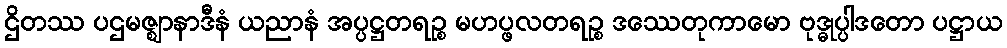
ဌိတဿ ပဌမဇ္ဈာနာဒီနံ ယညာနံ အပ္ပဋ္ဌတရဉ္စ မဟပ္ဖလတရဉ္စ ဒဿေတုကာမော ဗုဒ္ဓုပ္ပါဒတော ပဋ္ဌာယ